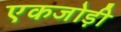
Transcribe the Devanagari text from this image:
एकजोड़ी